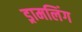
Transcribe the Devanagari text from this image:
ड्रामलिंग